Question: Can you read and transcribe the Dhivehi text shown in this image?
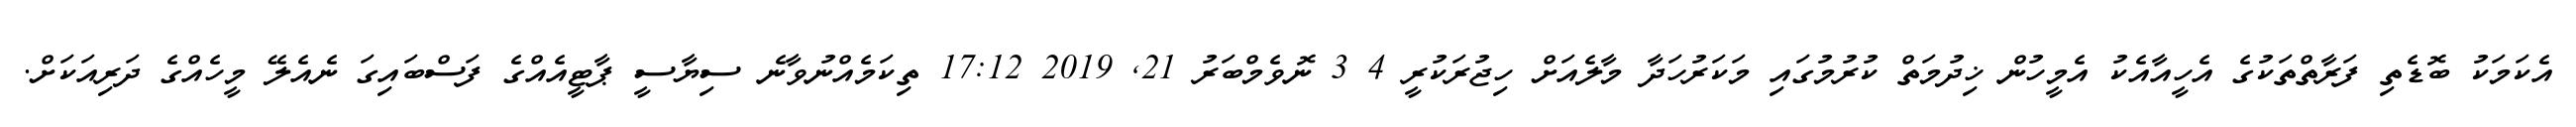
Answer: އެކަމަކު ބޮޑެތި ފަރާތްތަކުގެ އެހީއާއެކު އެމީހުން ޚިދުމަތް ކުރުމުގައި މަކަރުހަދާ މާލެއަށް ހިޖުރަކުރީ 4 3 ނޮވެމްބަރު 21, 2019 17:12 ތިކަމެއްނުވާނެ ސިޔާސީ ޕާޓީއެއްގެ ފަސްބައިގަ ނެއެލޭ މީހެއްގެ ދަރިއަކަށް.